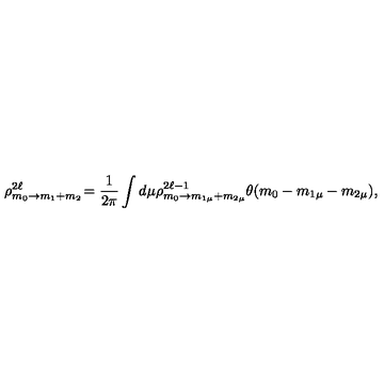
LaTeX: \rho _ { m _ { 0 } \rightarrow m _ { 1 } + m _ { 2 } } ^ { 2 \ell } \! = \frac { 1 } { 2 \pi } \int d \mu \rho _ { m _ { 0 } \rightarrow m _ { 1 \mu } + m _ { 2 \mu } } ^ { 2 \ell - 1 } \theta ( m _ { 0 } - m _ { 1 \mu } - m _ { 2 \mu } ) ,